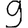
Digit: 9